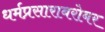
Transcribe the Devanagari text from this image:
धर्मप्रसाराबरोबर